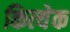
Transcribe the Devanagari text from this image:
कित्‍येक